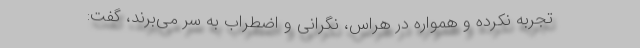
تجربه نکرده و همواره در هراس، نگرانی و اضطراب به سر می‌برند، گفت: